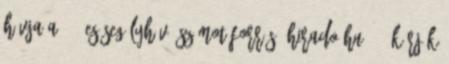
hívja a 112-es segélyhívó számot Forrás: hirado.hu ★★★ KÉRJÜK